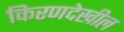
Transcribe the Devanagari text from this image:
किरणदेखील